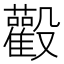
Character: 𱥙